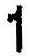
1